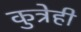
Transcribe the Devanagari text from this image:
कुत्रेही